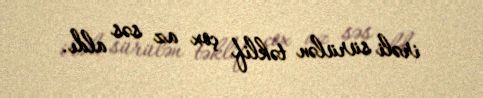
irəli sürülən təklif çox az səs aldı.